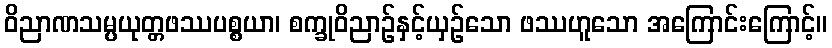
ဝိညာဏသမ္ပယုတ္တဖဿပစ္စယာ၊ စက္ခုဝိညာဉ်နှင့်ယှဉ်သော ဖဿဟူသော အကြောင်းကြောင့်။